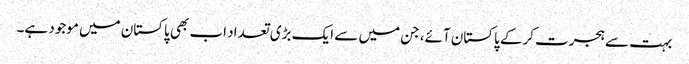
بہت سے ہجرت کرکے پاکستان آئے، جن میں سے ایک بڑی تعداد اب بھی پاکستان میں موجود ہے۔